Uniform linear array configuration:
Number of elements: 32
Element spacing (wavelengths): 0.25
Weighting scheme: uniform
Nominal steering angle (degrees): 30
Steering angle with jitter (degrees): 29.788
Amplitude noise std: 0.05
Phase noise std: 0.05

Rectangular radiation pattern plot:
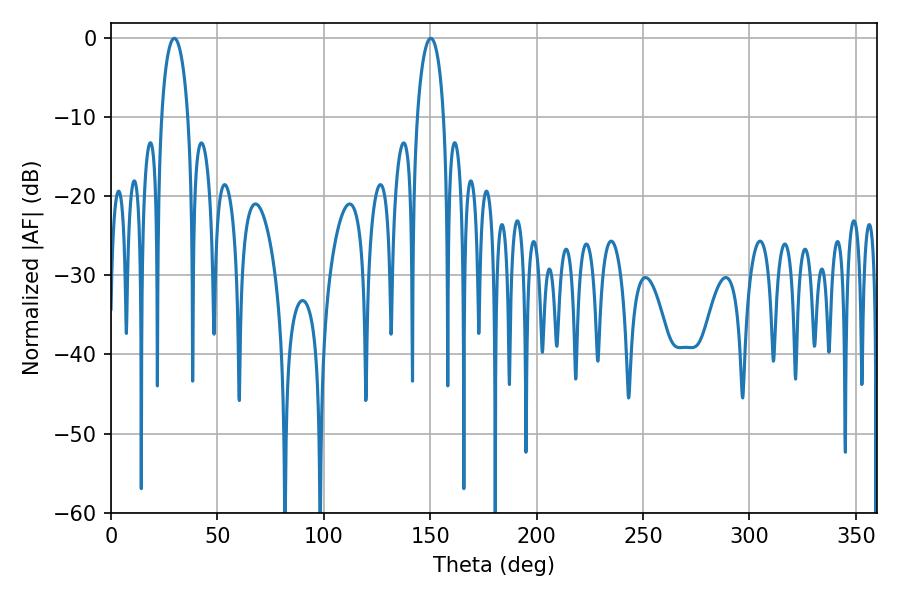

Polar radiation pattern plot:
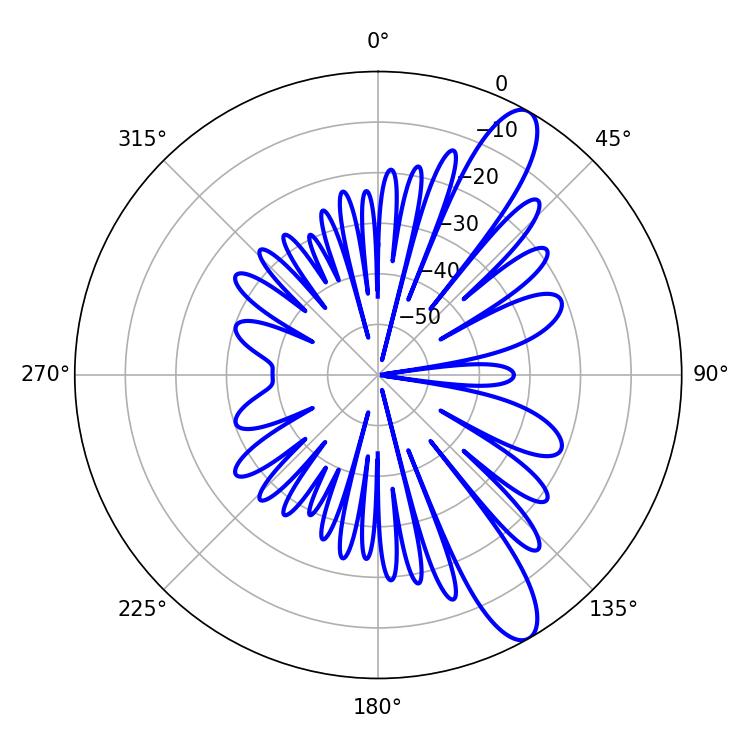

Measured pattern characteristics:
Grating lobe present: FALSE
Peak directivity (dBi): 11.526
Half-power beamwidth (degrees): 7.02
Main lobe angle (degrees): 29.7